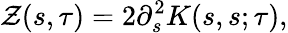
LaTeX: \mathcal{Z}(s,\tau)=2\partial_{s}^{2}K(s,s;\tau),